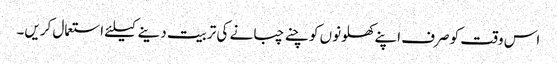
اس وقت کو صرف اپنے کھلونوں کو چنے چبانے کی تربیت دینے کیلئے استعمال کریں۔